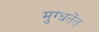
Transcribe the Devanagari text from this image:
मुग्धतेंत